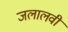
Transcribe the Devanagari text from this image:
जलालवी